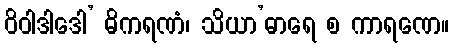
ဝိဝါဒါဒေါ’ ဓိကရဏံ၊ သိယာ’ဓာရေ စ ကာရဏေ။